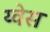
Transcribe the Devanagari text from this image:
य्वेस